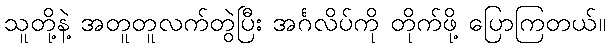
သူတို့နဲ့ အတူတူလက်တွဲပြီး အင်္ဂလိပ်ကို တိုက်ဖို့ ပြောကြတယ်။